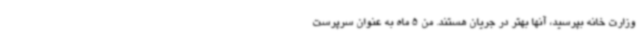
وزارت خانه بپرسید، آنها بهتر در جریان هستند. من 5 ماه به عنوان سرپرست